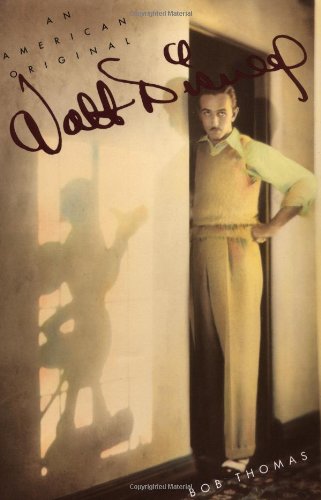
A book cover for Walt Disney: An American Original (Disney Editions Deluxe); Bob Thomas; Humor & Entertainment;